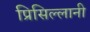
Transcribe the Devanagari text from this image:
प्रिसिल्लानी